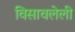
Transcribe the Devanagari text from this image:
विसावलेली